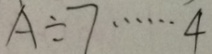
A \div 7 \cdots 4